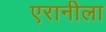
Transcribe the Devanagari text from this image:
एरानीला